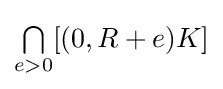
{\textstyle {\textstyle \bigcap \limits _{e>0}}[(0,R+e)K]}